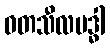
ဝတသီလဗဒ္ဓါ